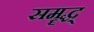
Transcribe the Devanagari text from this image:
समॄद्ध्